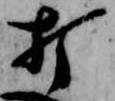
打